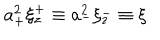
a _ { + } ^ { 2 } \xi _ { z } ^ { + } \equiv a _ { - } ^ { 2 } \xi _ { z } ^ { - } \equiv \xi